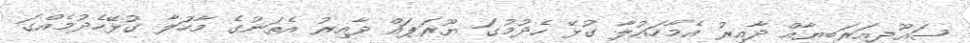
ސައޫދީއަރަބިޔާއް ދާއިރު އެމާހައުލާ ގުޅޭ ހެދުމުގަ ޔޫރަޕައް ދާއިރު އެތަނުގެ މާހަުލާ ގުޅޭހެދުމެއްގަ